Calcutta medical institutions reports 1892-1900
Year: 1892
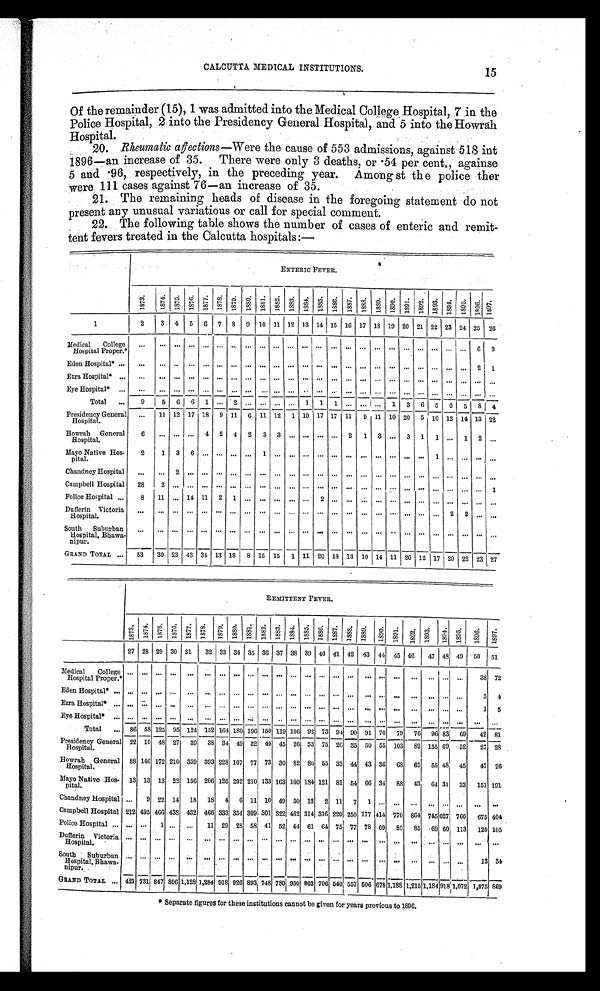
CALCUTTA MEDICAL INSTITUTIONS.
Of the remainder (15), 1 was admitted into the Medical College Hospital, 7 in the
Police Hospital, 2 into the Presidency General Hospital, and 5 into the Howrah
Hospital.
20. Rheumatic affections —Were the cause of 553 admissions, against 518 int
1896—an increase of 35. There were only 3 deaths, or .54 per cent., againse
5 and .96, respectively, in the preceding year. Amongst the police ther
were 111 cases against 76—an increase of 35.
21. The remaining heads of disease in the foregoing statement do not
present any unusual variatious or call for special comment.
22. The following table shows the number of cases of enteric and remit-
tent fevers treated in the Calcutta hospitals :—
ENTERIC FEVER.
1873.
1 8 7 4 . 1875.
1876. 1877.
1878. 1879. 1880. 1881. 1882. 1883. 1884. 1885. 1886. 1887. 1888. 1889. 1890. 1891. 1892. 1893. 1894. 1895.
1896. 1 8 9 7 .
1
2
3 4 5 6 7 8 9 10 11 12 13 14 15 16 17 18 19 20 21 22 23 24 25 2 6
M e d i c a l C o l l e g e
Hospital Proper.*
. . .
. . . . . . . . . . . .
. . . . . . . . . . . . . . . . . .
...
. . . ...
. . . ... ...
. . .
... ... ... ... ... 6
3
Eden Hospital* ... ... ... .. ... ... ... ... ... ... ... ... ... ... ... ... ... ... ... ... ... ... ... ... 2
1
Ezra Hospital* ... ... ... ... ...
. . . . . .
... ... ... ... ... ... ... ... ... ... ... ... ... ... ... ... ... ...
Eye Hospital*
. . .
. . .
. . . . . . . . . . . . . . . . . . . . . . . . . . . . . .
...
. . . ...
. . . ... ...
. . .
... ... ... ... ... ...
. . .
Total ...
9
5 6 6 1 ... 2 ... ... ... ... 1 1 1 ... ... ... 1 3 6 5 6 5 8 4
Presidency General
Hospital.
... 11 12 17 18 9 11 6 11 12 1 10 17 17 11 9 11 10 20 5 10 12 14 13 22
Howrah General
Hospital.
6 ... ... ... 4 2 4 2 3 3 ... ... ... ... 2 1 3 ... 3 1 1 ... 1 2 . . .
Mayo Native Hos-
pital.
2
1 3 6 . . . . . . . . . . . . 1 . . . . . .
...
. . . ...
. . . ... ...
. . .
... ... 1 ... ...
. . . . . .
Chandney Hospital ... ... 2 ... ... ...
. . . . . . . . . . . . . . .
...
. . . ...
. . . ... ...
. . .
... ... ... ... ...
. . . . . .
Campbell Hospital 28
2 . . . . . . . . . . . . . . . . . . . . . . . . . . .
...
. . . ...
. . . ... ...
. . .
... ... ... ... ...
. . . 1
Police Hospital ...
8
1 1 . . . 1 4 1 1 2 1
. . . . . . . . . . . .
...
2 ...
. . . ... ...
. . .
... ... ... ... ...
. . . . . .
Dufferin Victoria
Hospital.
... ... ... ... ...
. . . ... ...
. . . ... ... ... . . . ... . . . ... ...
. . . ... ... ... 2 2 ...
. . .
South Suburban
Hospital, Bhawa-
nipur.
... ... ... ... ... ... ... ... ... ... ... ... ... ... ... ... ... .. ... ... ... ... ... ...
. . .
GRAND TOTAL ... 53 30 23 43 34 13 18 8 15 15 1 11 20 18 13 10 14 11 26 12 17 20 22 23 27
REMITTENT FEVER.
1873. 1874. 1875. 1876. 1877. 1878. 1879. 1880. 1881. 1882. 1883. 1884. 1885. 1886. 1887. 1 8 8 8 . 1889. 1890. 1 8 9 1 . 1892. 1893. 1894. 1895. 1896. 1897.
27 28 29 30 31 32 33 34 35 36 37 38 39 40 41 42 43 44 45
4 6 47 48 49 50 51
M e d i c a l C o l l e g e
Hospital Proper.*
. . . . . . . . . . . . . . .
. . . . . . . . . . . . . . .
... ...
. . . . . . . . . . . .
. . . . . . . . .
. . . . . . . . . . . .
. . . 3 8
7 2
Eden Hospital* . . . . . . . . . . . . . . . . . .
. . . . . . . . . . . . . . .
... ...
. . . . . . . . . . . .
. . . . . .
. . . . . . . . . . . .
. . . 3 4
Ezra Hospital*
. . . . . . . . . . . . . . . . . .
. . . . . . . . . . . . . . .
... ...
. . . . . . . . . . . .
. . . . . .
. . . . . . . . . . . .
. . . 1 5
Eye Hospital*
. . . . . . . . . . . . . . . . . .
. . . . . . . . . . . . . . .
... ...
. . . . . . . . . . . .
. . . . . .
. . . . . . . . . . . .
. . .
. . . . . .
Total ... 86 58 125 95 124 152 164 180 196 150 119 106 92 73 94 90 91 70 79 76 96 831 69 42 81
Presidency General
Hospital.
22 10 48 27 39 38 34' 49 32 40 45 26 53 75 26 35 50 55 103 82 155 69 52 27 28
Howrah General
Hospital.
88 146 172 210 359 393 228 107 77 73 30 82 80 55 33 44 43 36 68 65 55 43 45 47 26
Mayo Native Hos-
pital.
13 13 13 22 156 206 126 202 210 133 163 160 184 121 81 54 66 34 88 43 64 31 33 151 191
Chandney Hospital ... 9 22 14 18 18 4 6 11 10 49 50 13 2 11 7 1
. . .
. . . . . .
. . . . . .
. . .
. . . . . .
Campbell Hospital 212 495 466 438 432 466 333 354 309 301 322 462 314 316 220 250 177 414 770 864 745 627 760 675 404
Police Hospital ... ... ...
1 ... ... 11 29 28 58 41 52 44 61 64 75 77 78 69 80 85 69 60 113 120 105
D u f f e r i n V i c t o r i a
Hospital.
. . . . . . . . . . . . . . .
. . . . . . . . . . . . . . .
... ...
. . . . . . . . .
. . . . . . . . .
. . . . . .
. . . . . .
. . .
. . . . . .
S o u t h S u b u r b a n
Hospital, Bhawa-
nipur.
. . . . . . . . . . . . . . . .
. . . . . . . . . . . . . . .
... ...
. . . . . . . . .
. . . . . . . . .
. . . . . .
. . . . . .
. . .
1 3 3 4
GRAND TOTAL ... 421 731 847 806 1,128 1,284 918 926 893 748 780 930 803 706 540 557 506 678 1,188 1,215 1,184 918 1,072 1,075 869
* Separate figures for these institutions cannot be given for years previous to 1896.
15